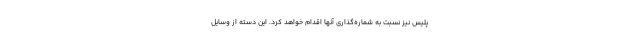
پلیس نیز نسبت به شماره‌گذاری آنها اقدام خواهد کرد. این دسته از وسایل